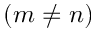
( m \ne n )